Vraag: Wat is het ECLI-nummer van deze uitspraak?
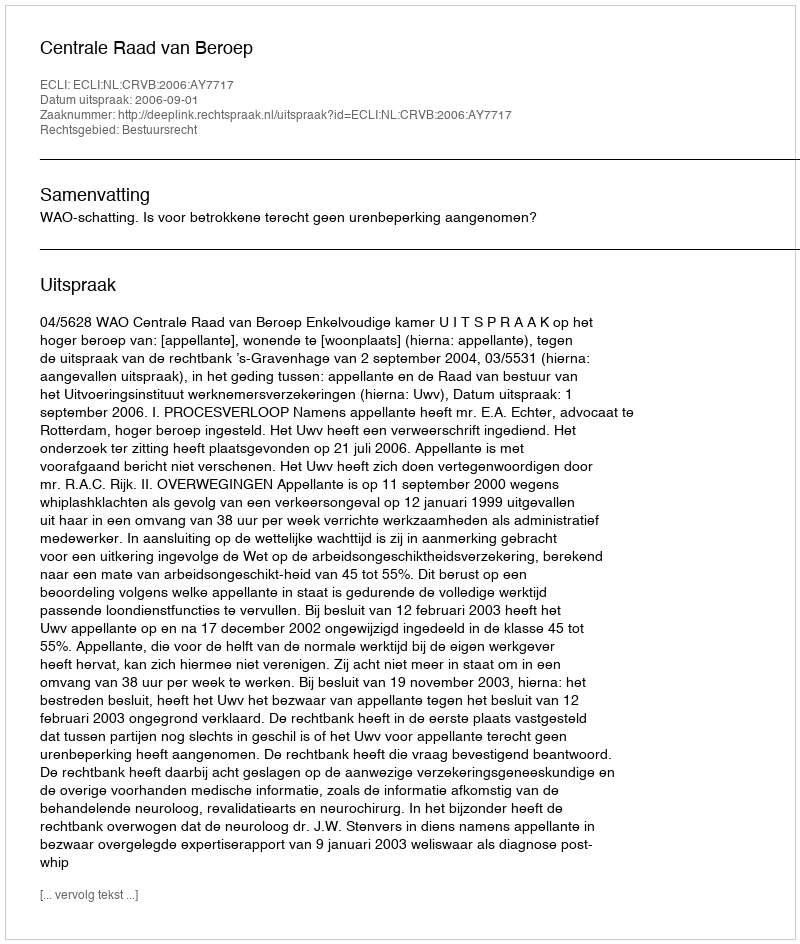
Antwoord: ECLI:NL:CRVB:2006:AY7717